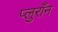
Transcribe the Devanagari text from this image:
प्लुराँन